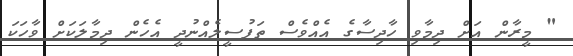
" މީރާން އަށް ދިމާވި ހާދިސާގެ އެއްވެސް ތަފުސީލެއްނުދީ އެހެން ދިމާލަކަށް ވާހަކަ